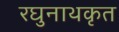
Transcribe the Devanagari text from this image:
रघुनाथकृत